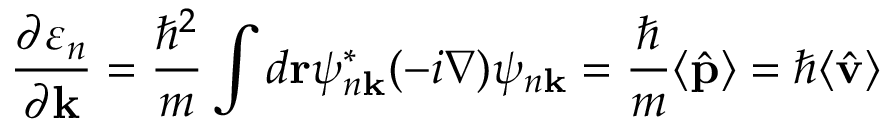
{ \frac { \partial \varepsilon _ { n } } { \partial \mathbf { k } } } = { \frac { \hbar ^ { 2 } } { m } } \int d \mathbf { r } \psi _ { n \mathbf { k } } ^ { * } ( - i \nabla ) \psi _ { n \mathbf { k } } = { \frac { \hbar } { m } } \langle { \hat { \mathbf { p } } } \rangle = \hbar \langle { \hat { \mathbf { v } } } \rangle